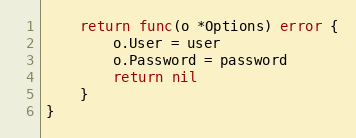
Language: Go
	return func(o *Options) error {
		o.User = user
		o.Password = password
		return nil
	}
}